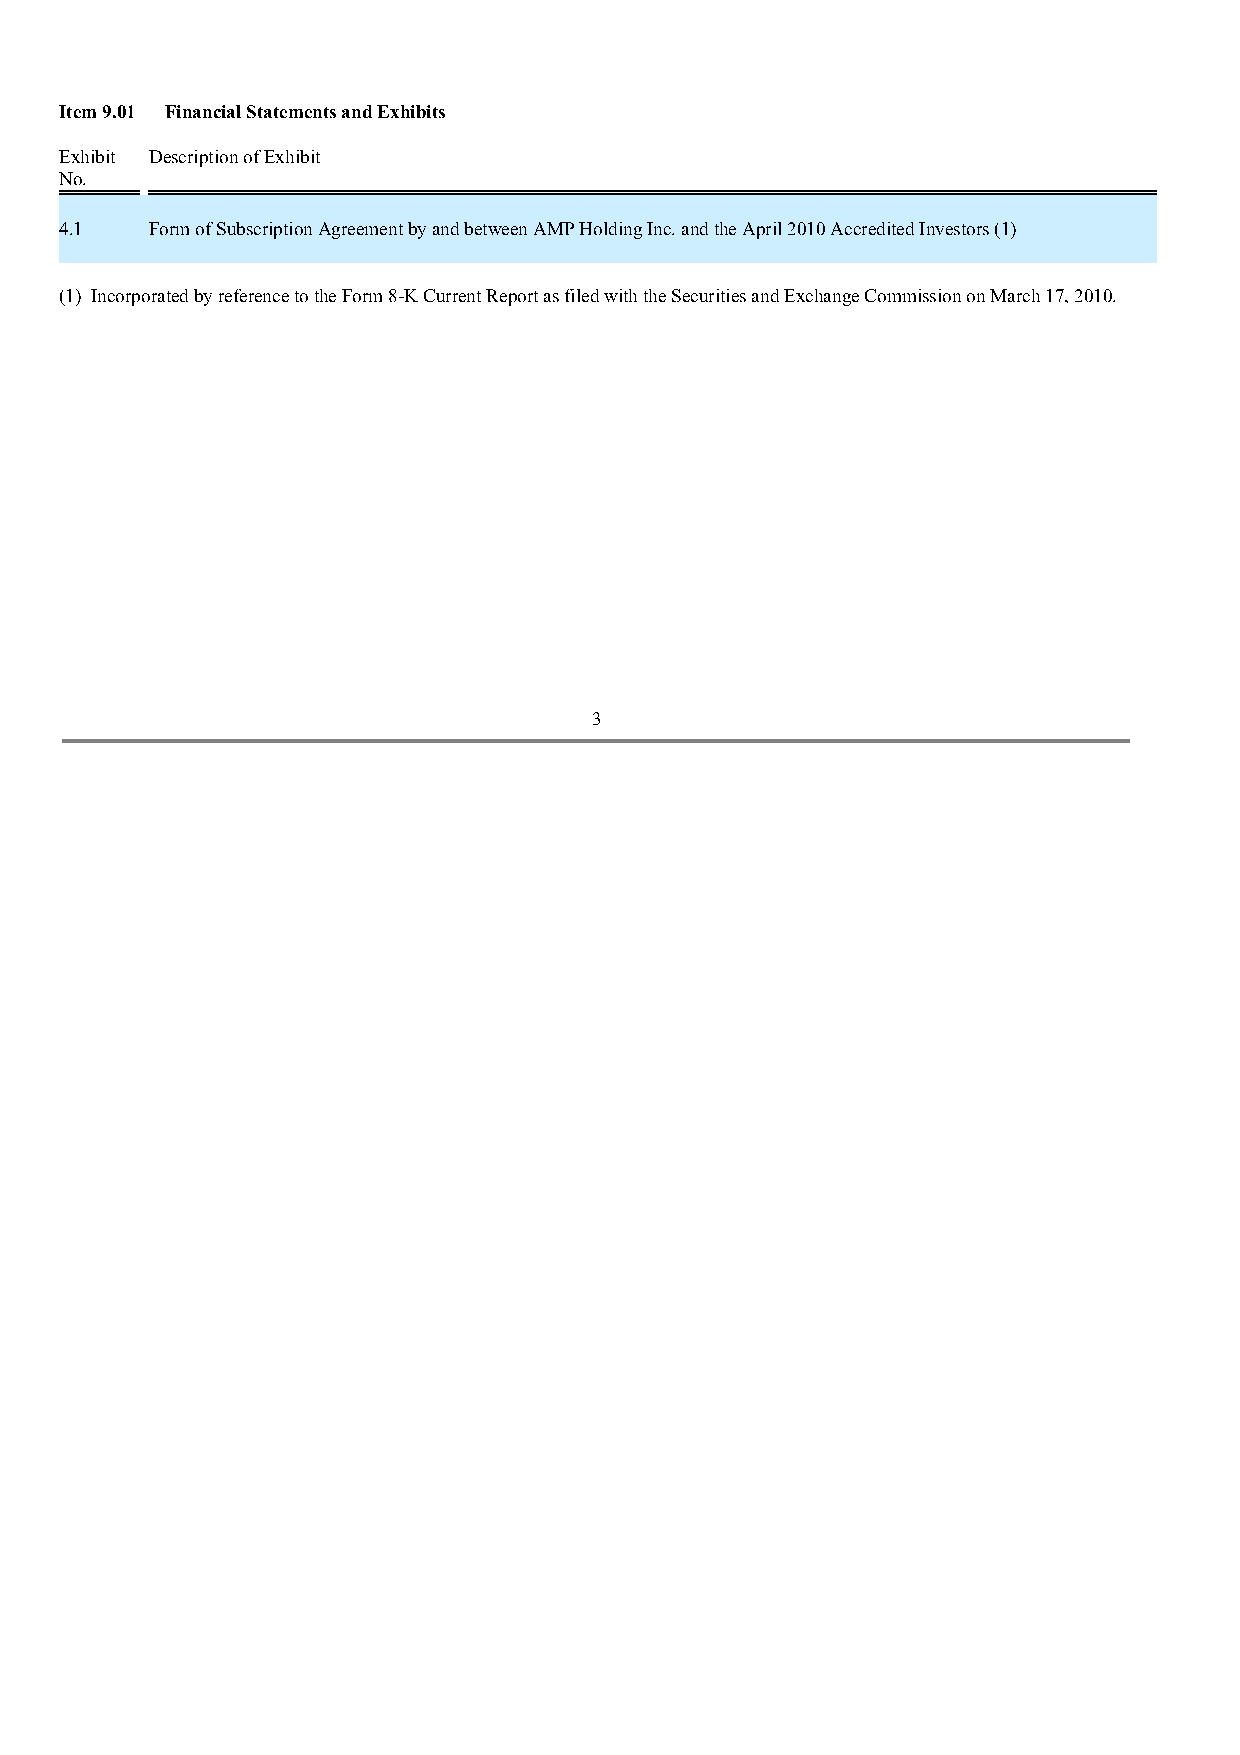
Item 9.01 Financial Statements and Exhibits
 Exhibit Description of Exhibit
 No.
 4.1   Form of Subscription Agreement by and between AMP Holding Inc. and the April 2010 Accredited Investors (1)
 (1) Incorporated by reference to the Form 8-K Current Report as filed with the Securities and Exchange Commission on March 17, 2010.
 3